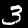
Label: 3